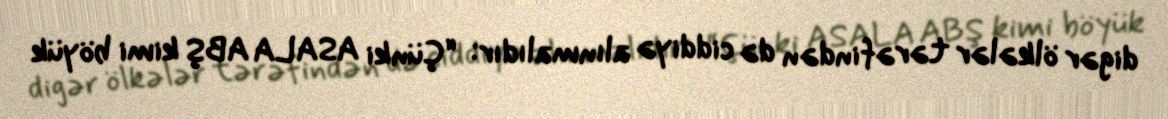
digər ölkələr tərəfindən də ciddiyə alınmalıdır: “Çünki ASALA ABŞ kimi böyük